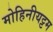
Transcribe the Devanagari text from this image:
मोहिनीयट्टम